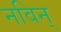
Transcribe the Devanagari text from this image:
नविन्